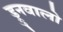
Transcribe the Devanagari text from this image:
ड्रुनवालो